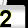
Digit: 2